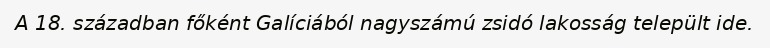
A 18. században főként Galíciából nagyszámú zsidó lakosság települt ide.